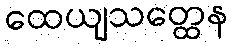
ထေယျသတ္ထေန